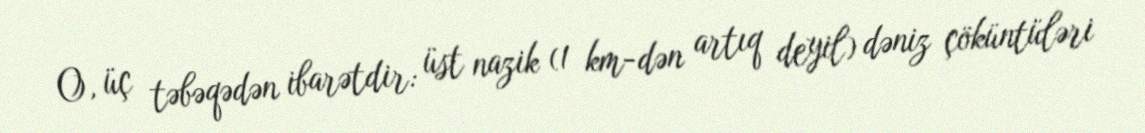
O, üç təbəqədən ibarətdir: üst nazik (1 km-dən artıq deyil) dəniz çöküntüləri